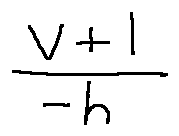
\frac { v + 1 } { - h }